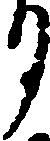
月